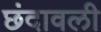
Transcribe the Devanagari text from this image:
छंदावली